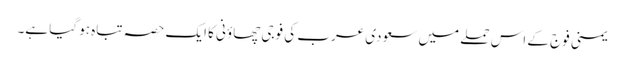
یمنی فوج کے اس حملے میں سعودی عرب کی فوجی چھاؤنی کا ایک حصہ تباہ ہو گیا ہے۔